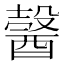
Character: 𨢋